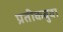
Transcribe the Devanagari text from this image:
प्रतीकबुवा